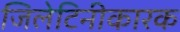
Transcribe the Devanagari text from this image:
जिलेटिनीकारक